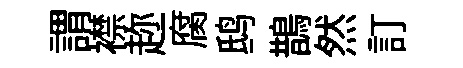
謂襟趂腐鸱鵲然訂